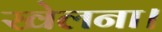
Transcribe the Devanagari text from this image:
खेलना।